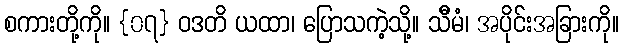
စကားတို့ကို။ {၀၇} ဝဒတိ ယထာ၊ ပြောသကဲ့သို့။ သီိမံ၊ အပိုင်းအခြားကို။